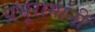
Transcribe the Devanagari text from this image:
प्रभूरामांनी